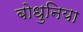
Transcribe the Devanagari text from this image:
बोधुनिया